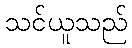
သင်ယူသည်